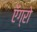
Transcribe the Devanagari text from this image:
ऍग्रो